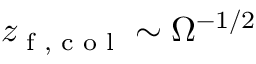
z _ { \textrm { f , c o l } } \sim \Omega ^ { - 1 / 2 }